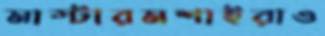
মাস্টারমশাইরাও